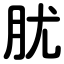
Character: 肬